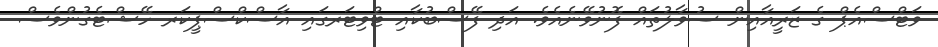
ވަޓްސްއެޕް ގެ ޒަރީއާއިން ސުވާލުތައް ފޮނުވޭނެއެވެ. އަދި ފޭސްބުކާއި ޓްވިޓަރގައި އާސްކްސްޕީކަރ ހޭޝްޓެގުންވެސް